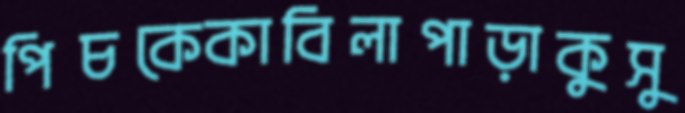
পিচকেকাবিলাপাড়াকুসু